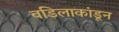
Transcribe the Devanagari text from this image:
वडिलाकांडून